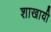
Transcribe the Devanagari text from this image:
शाखायी